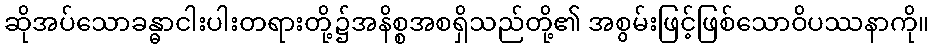
ဆိုအပ်သောခန္ဓာငါးပါးတရားတို့၌အနိစ္စအစရှိသည်တို့၏ အစွမ်းဖြင့်ဖြစ်သောဝိပဿနာကို။